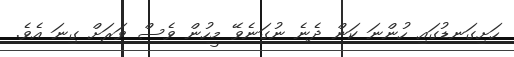
ހަށިގަނޑުގައި ހުންނަ ކަން ދެނެ ނުގަނެވޭ މީހުން ވެސް ވަރަށް ގިނަ އެވެ.